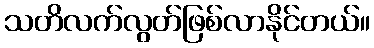
သတိလက်လွတ်ဖြစ်လာနိုင်တယ်။